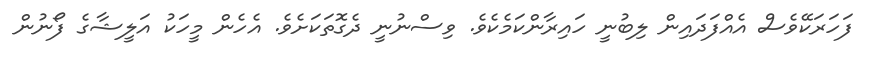
ފަހަރަކޭވެސް އެއްފަދައިން ލިބުނީ ހައިރާންކަމެކެވެ. ވިސްނުނީ ދެގޮތަކަށެވެ. އެހެން މީހަކު އަލީޝާގެ ފޯނުން